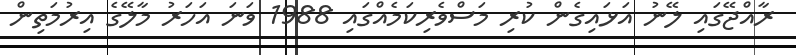
ރާއްޖޭގައި ލޭނު އަޅައިގެން ކުރި މަސްވެރިކަމެއްގައި 1988 ވަނަ އަހަރު މާލޭގެ އިރުމަތިން